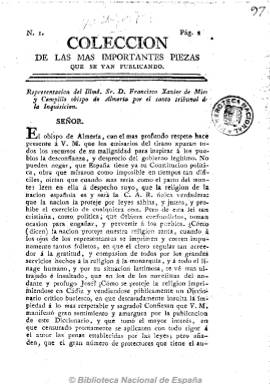
Título: Colección de las más importantes piezas que se van publicando
Otros títulos: Colección, <n. 2>-
Colección: Periódicos anteriores a 1850
Ámbito geográfico: La Coruña
Lugar de publicación: Santiago [de Compostela]
Fechas: 01/01/1813-08/01/1813

El título de esta publicación le mantuvo fuera de la historia de la prensa gallega, pero Enrique Santos Gayoso señala en 1990 que “lejos de ser una colección de documentos importantes, era un periódico de polémica y daba cabida a escritos políticos”. Sus ocho números, de ocho páginas cada uno, excepto el último, que fue doble (de 16 páginas), contienen extensas cartas como las de los obispos de Almería y Badajoz dirigidas a Fernando VII pidiéndole el restablecimiento del tribunal de la inquisición, y comentarios a estos escritos, así como otros artículos comunicados y extractos generalmente sacados de la prensa servil del periodo, y partes patriotas de líderes militares y otras informaciones referidas a las Cortes, la Regencia y a acontecimientos políticos y bélicos.

Su carácter político muestra una virulenta defensa de las ideas absolutistas, resumidas “en la unión del Altar y el Rey”. Sus tres primeros números y el último salieron de la imprenta santiaguesa de Los Dos Amigos, que habían formado el ultrarreaccionario Manuel Freire Castrillón y Pedro Rey Romero, y los demás fueron estampados en la oficina de Manuel María de Vila. Todos ellos sólo con indicación del año de impresión, pudiendo estar apareciendo desde enero a abril de 1813, sin una periodicidad fija.

El también servil gaditano El censor general pudo haber incluido una sección o suplemento con el mismo título de esta publicación en los años 1811 y 1812, habiendo señalado Barreiro Fernández que la cabecera santiaguesa podría tratarse de una reimpresión.